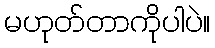
မဟုတ်တာကိုပါပဲ။